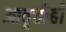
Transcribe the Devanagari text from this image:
आवृत्तीही